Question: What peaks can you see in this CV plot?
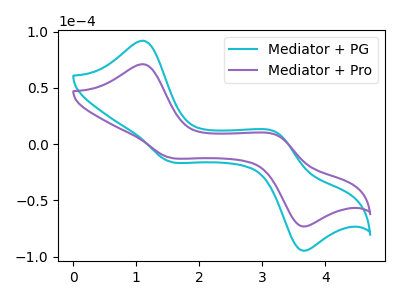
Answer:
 <answer>The cyan curve "Mediator + PG" has anodic peaks at (1.10V, 91.80uA) (3.25V, 10.15uA) and cathodic peaks at (1.50V, -15.25uA) (3.60V, -93.90uA). The purple curve "Mediator + Pro" has anodic peaks at (1.10V, 70.95uA) (3.25V, 7.85uA) and cathodic peaks at (1.50V, -11.80uA) (3.60V, -72.55uA).</answer>
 <eval></eval>